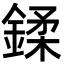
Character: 鍒